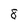
Character: 8